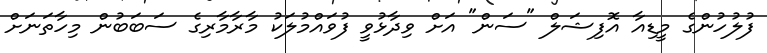
ފުލުހުންގެ މީޑިއާ އޮފިޝަލް "ސަން" އަށް ވިދާޅުވީ ފުވައްމުލަކު މާރާމާރިގެ ސަބަބުން މިހާތަނަށް